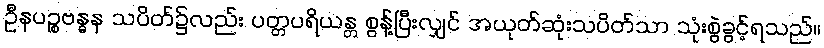
ဦနပဉ္စဗန္ဓန သပိတ်၌လည်း ပတ္တပရိယန္တ စွန့်ပြီးလျှင် အယုတ်ဆုံးသပိတ်သာ သုံးစွဲခွင့်ရသည်။